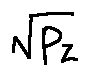
\sqrt { p _ { z } }